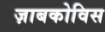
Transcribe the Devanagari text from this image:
ज़ाबकोविस